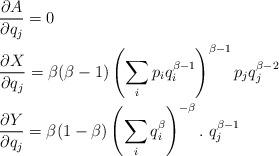
LaTeX: \begin{align*}&\frac{\partial A}{\partial q_{j}}=0\\&\frac{\partial X}{\partial q_{j}}=\beta(\beta-1)\left(\sum_{i}p_{i}q^{\beta-1}_{i}\right)^{\beta-1}p_{j}q^{\beta-2}_{j}\\&\frac{\partial Y}{\partial q_{j}}=\beta(1-\beta)\left(\sum_{i}q^{\beta}_{i}\right)^{-\beta}.\ q^{\beta-1}_{j}\end{align*}